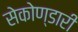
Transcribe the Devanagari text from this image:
सेकोण्डारी